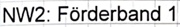
Text: NW2: Förderband 1